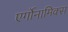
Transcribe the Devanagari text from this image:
एर्गोनामिक्स